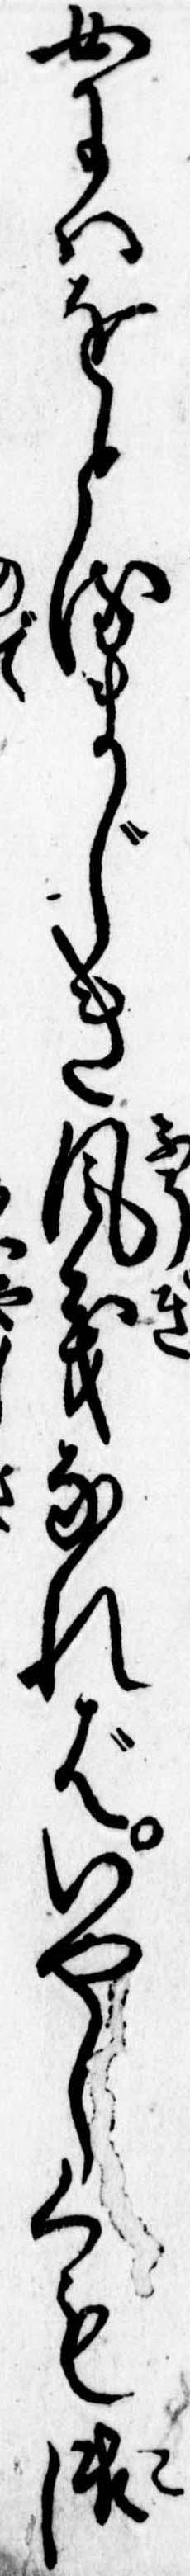
女にはをとるまじき風義なればいやしくも御